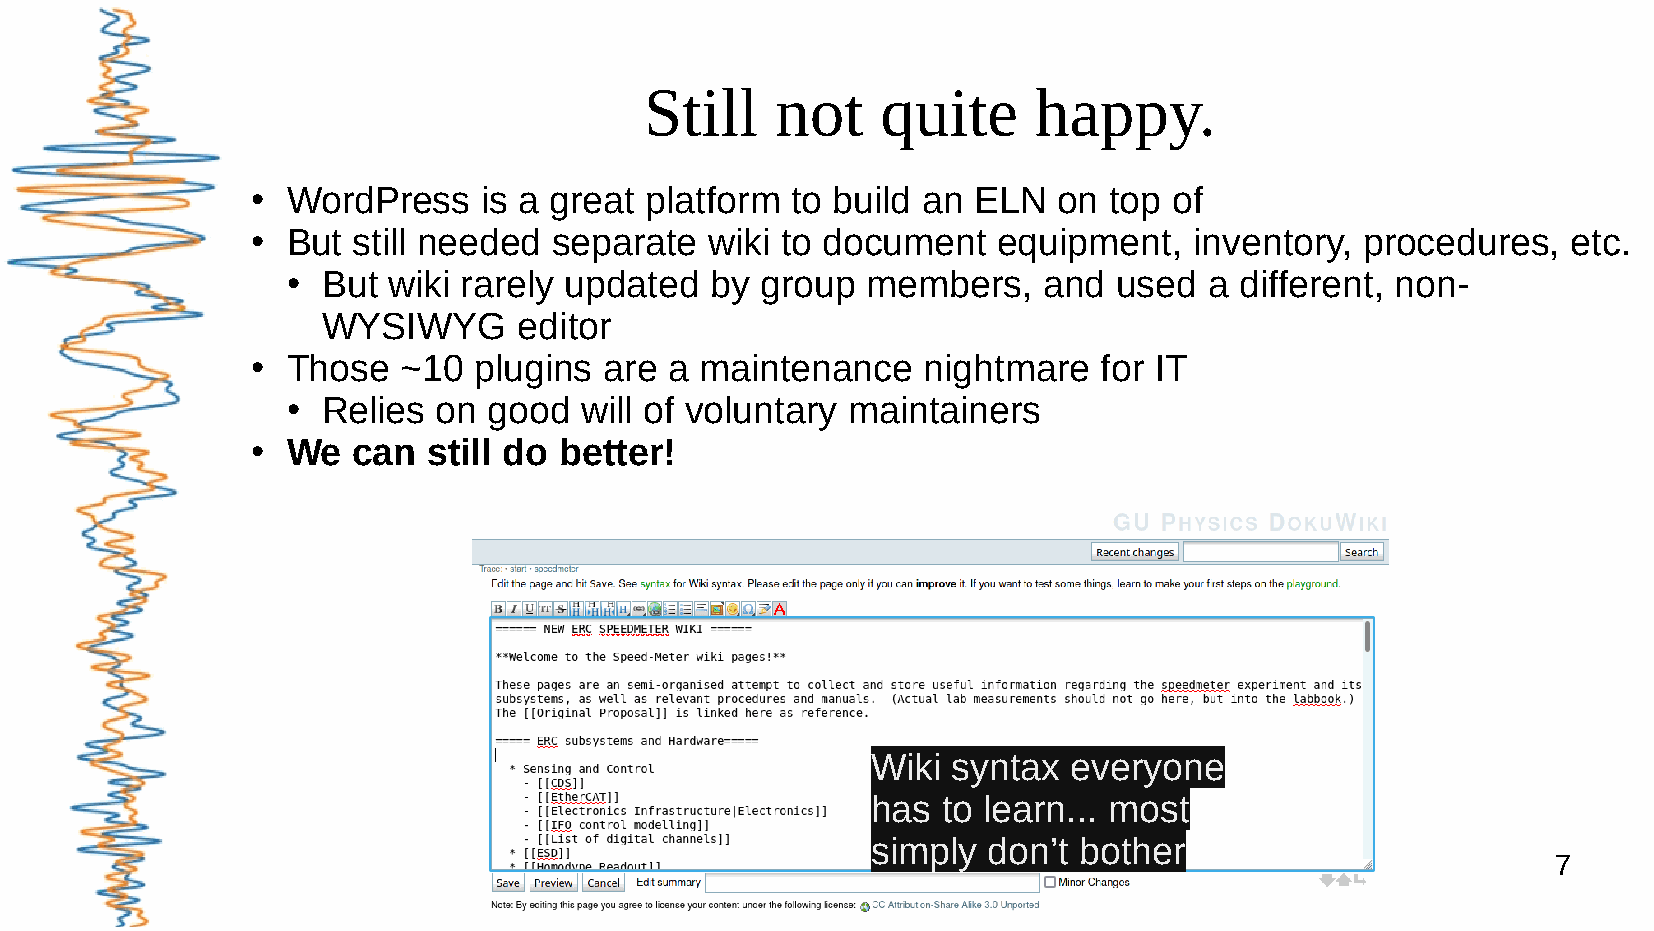
Still   not    quite      happy.
 WordPress    is a great platform to build an ELN   on top  of
 ●
 But still needed  separate  wiki to document   equipment,   inventory, procedures,   etc.
 ●
 But  wiki rarely updated  by group  members,    and  used  a different, non-
 ●
 WYSIWYG      editor
 Those   ~10 plugins  are a maintenance    nightmare   for IT
 ●
 Relies  on good   will of voluntary maintainers
 ●
 We  can  still do better!
 ●
 Wiki syntax  everyone
 has to learn... most
 simply don’t bother
 7